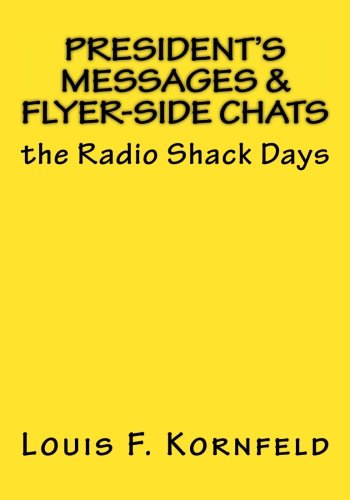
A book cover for President's Messages & Flyer Side Chats; Louis F Kornfeld; Business & Money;